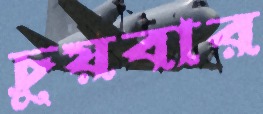
চুয়বার